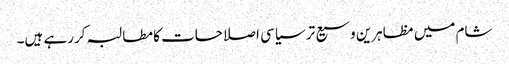
شام میں مظاہرین وسیع تر سیاسی اصلاحات کا مطالبہ کررہے ہیں۔